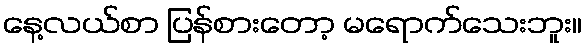
နေ့လယ်စာ ပြန်စားတော့ မရောက်သေးဘူး။